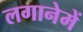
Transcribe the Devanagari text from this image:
लगानेमें